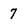
Character: 7